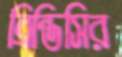
ব্রিন্ডিসির